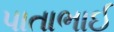
પાતાભાઈ